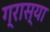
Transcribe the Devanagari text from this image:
ग्रास्या